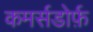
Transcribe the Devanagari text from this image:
कमर्सडोर्फ़